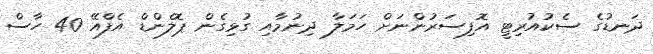
ދަނޑުގެ ސެކުއުރިޓީ އޮފިސަރުންނަށް ހަމަލާ ދިނުމާއި ގުޅިގެން ޕޮލެންޑް އެފްއޭ 40 ހާސް